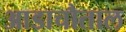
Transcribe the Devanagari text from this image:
आडाचौताल